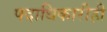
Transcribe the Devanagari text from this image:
पदाधिकारीही